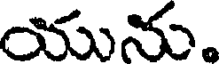
యును.